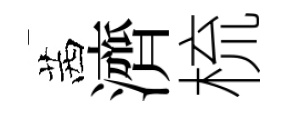
茜濟梳